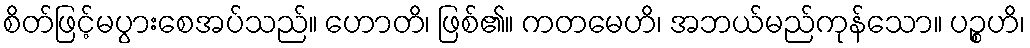
စိတ်ဖြင့်မပွားစေအပ်သည်။ ဟောတိ၊ ဖြစ်၏။ ကတမေဟိ၊ အဘယ်မည်ကုန်သော။ ပဉ္စဟိ၊